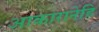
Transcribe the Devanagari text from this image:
आकारानेहि